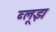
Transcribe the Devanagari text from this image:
ब्लूझ